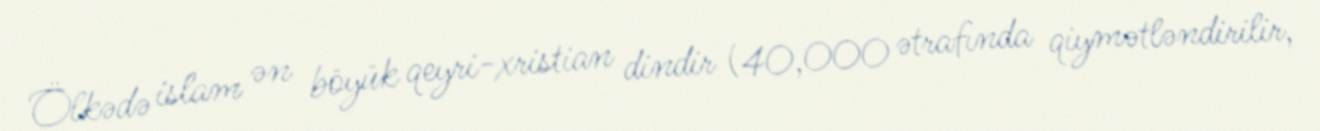
Ölkədə islam ən böyük qeyri-xristian dindir (40,000 ətrafında qiymətləndirilir,